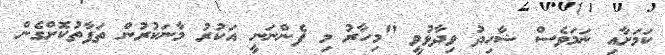
ކަމަށާއި ނަމަވެސް ޝާހިދު ވިދާޅުވީ "މިހާރު މި ފެންނަނީ އަކުރު މާނަކުރުން ތަފާތުކޮށްގެން